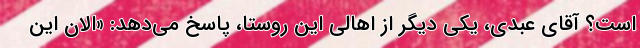
است؟ آقای عبدی، یکی دیگر از اهالی این روستا، پاسخ می‌دهد: «الان این